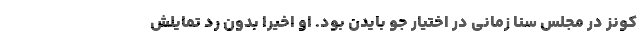
کونز در مجلس سنا زمانی در اختیار جو بایدن بود. او اخیرا بدون رد تمایلش